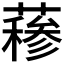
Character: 𬞣